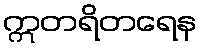
ဣတရိတရေန